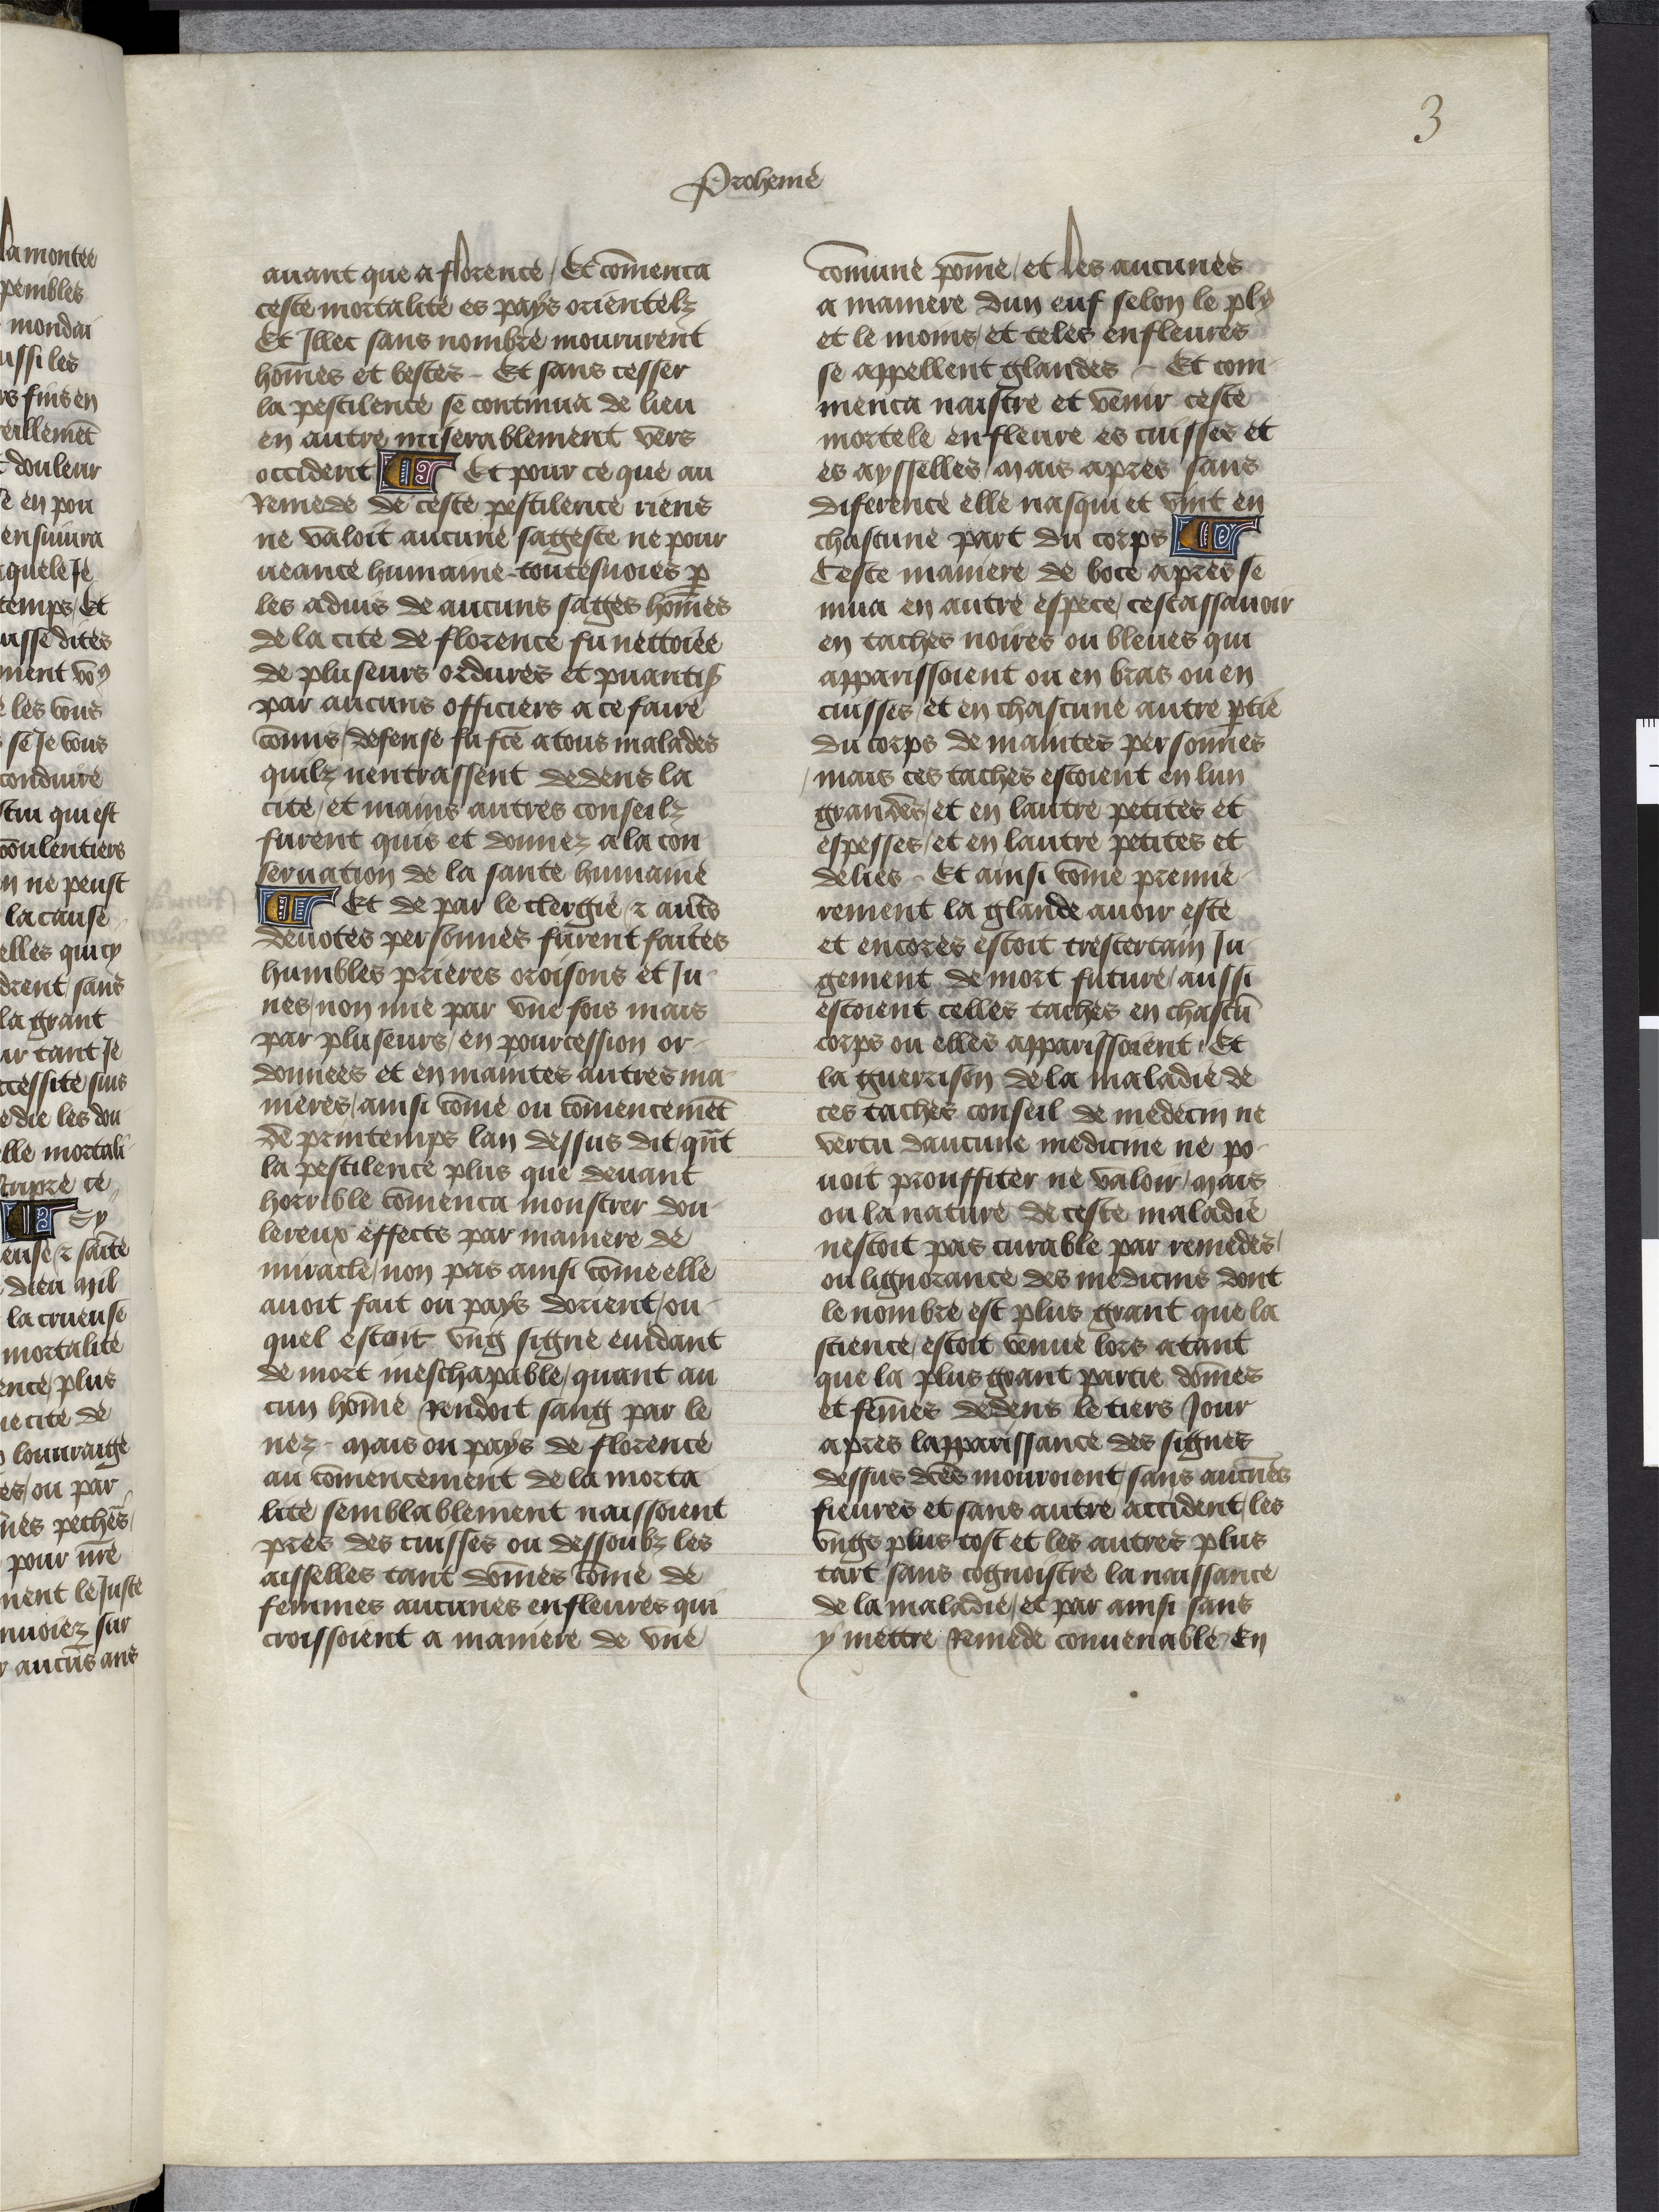
Shelfmark: Paris, BnF, Arsenal ms. 5070
Century: 15